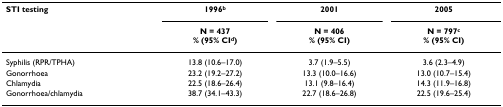
<table><thead><tr><td><b>STI testing</b></td><td><b>1996<sup>b</sup></b></td><td><b>2001</b></td><td><b>2005</b></td></tr><tr><td></td><td><b>N = 437% (95% CI<sup>d</sup>)</b></td><td><b>N = 406% (95% CI)</b></td><td><b>N = 797<sup>c </sup>% (95% CI)</b></td></tr></thead><tbody><tr><td>Syphilis (RPR/TPHA)</td><td>13.8 (10.6–17.0)</td><td>3.7 (1.9–5.5)</td><td>3.6 (2.3–4.9)</td></tr><tr><td>Gonorrhoea</td><td>23.2 (19.2–27.2)</td><td>13.3 (10.0–16.6)</td><td>13.0 (10.7–15.4)</td></tr><tr><td>Chlamydia</td><td>22.5 (18.6–26.4)</td><td>13.1 (9.8–16.4)</td><td>14.3 (11.9–16.8)</td></tr><tr><td>Gonorrhoea/chlamydia</td><td>38.7 (34.1–43.3)</td><td>22.7 (18.6–26.8)</td><td>22.5 (19.6–25.4)</td></tr></tbody></table>